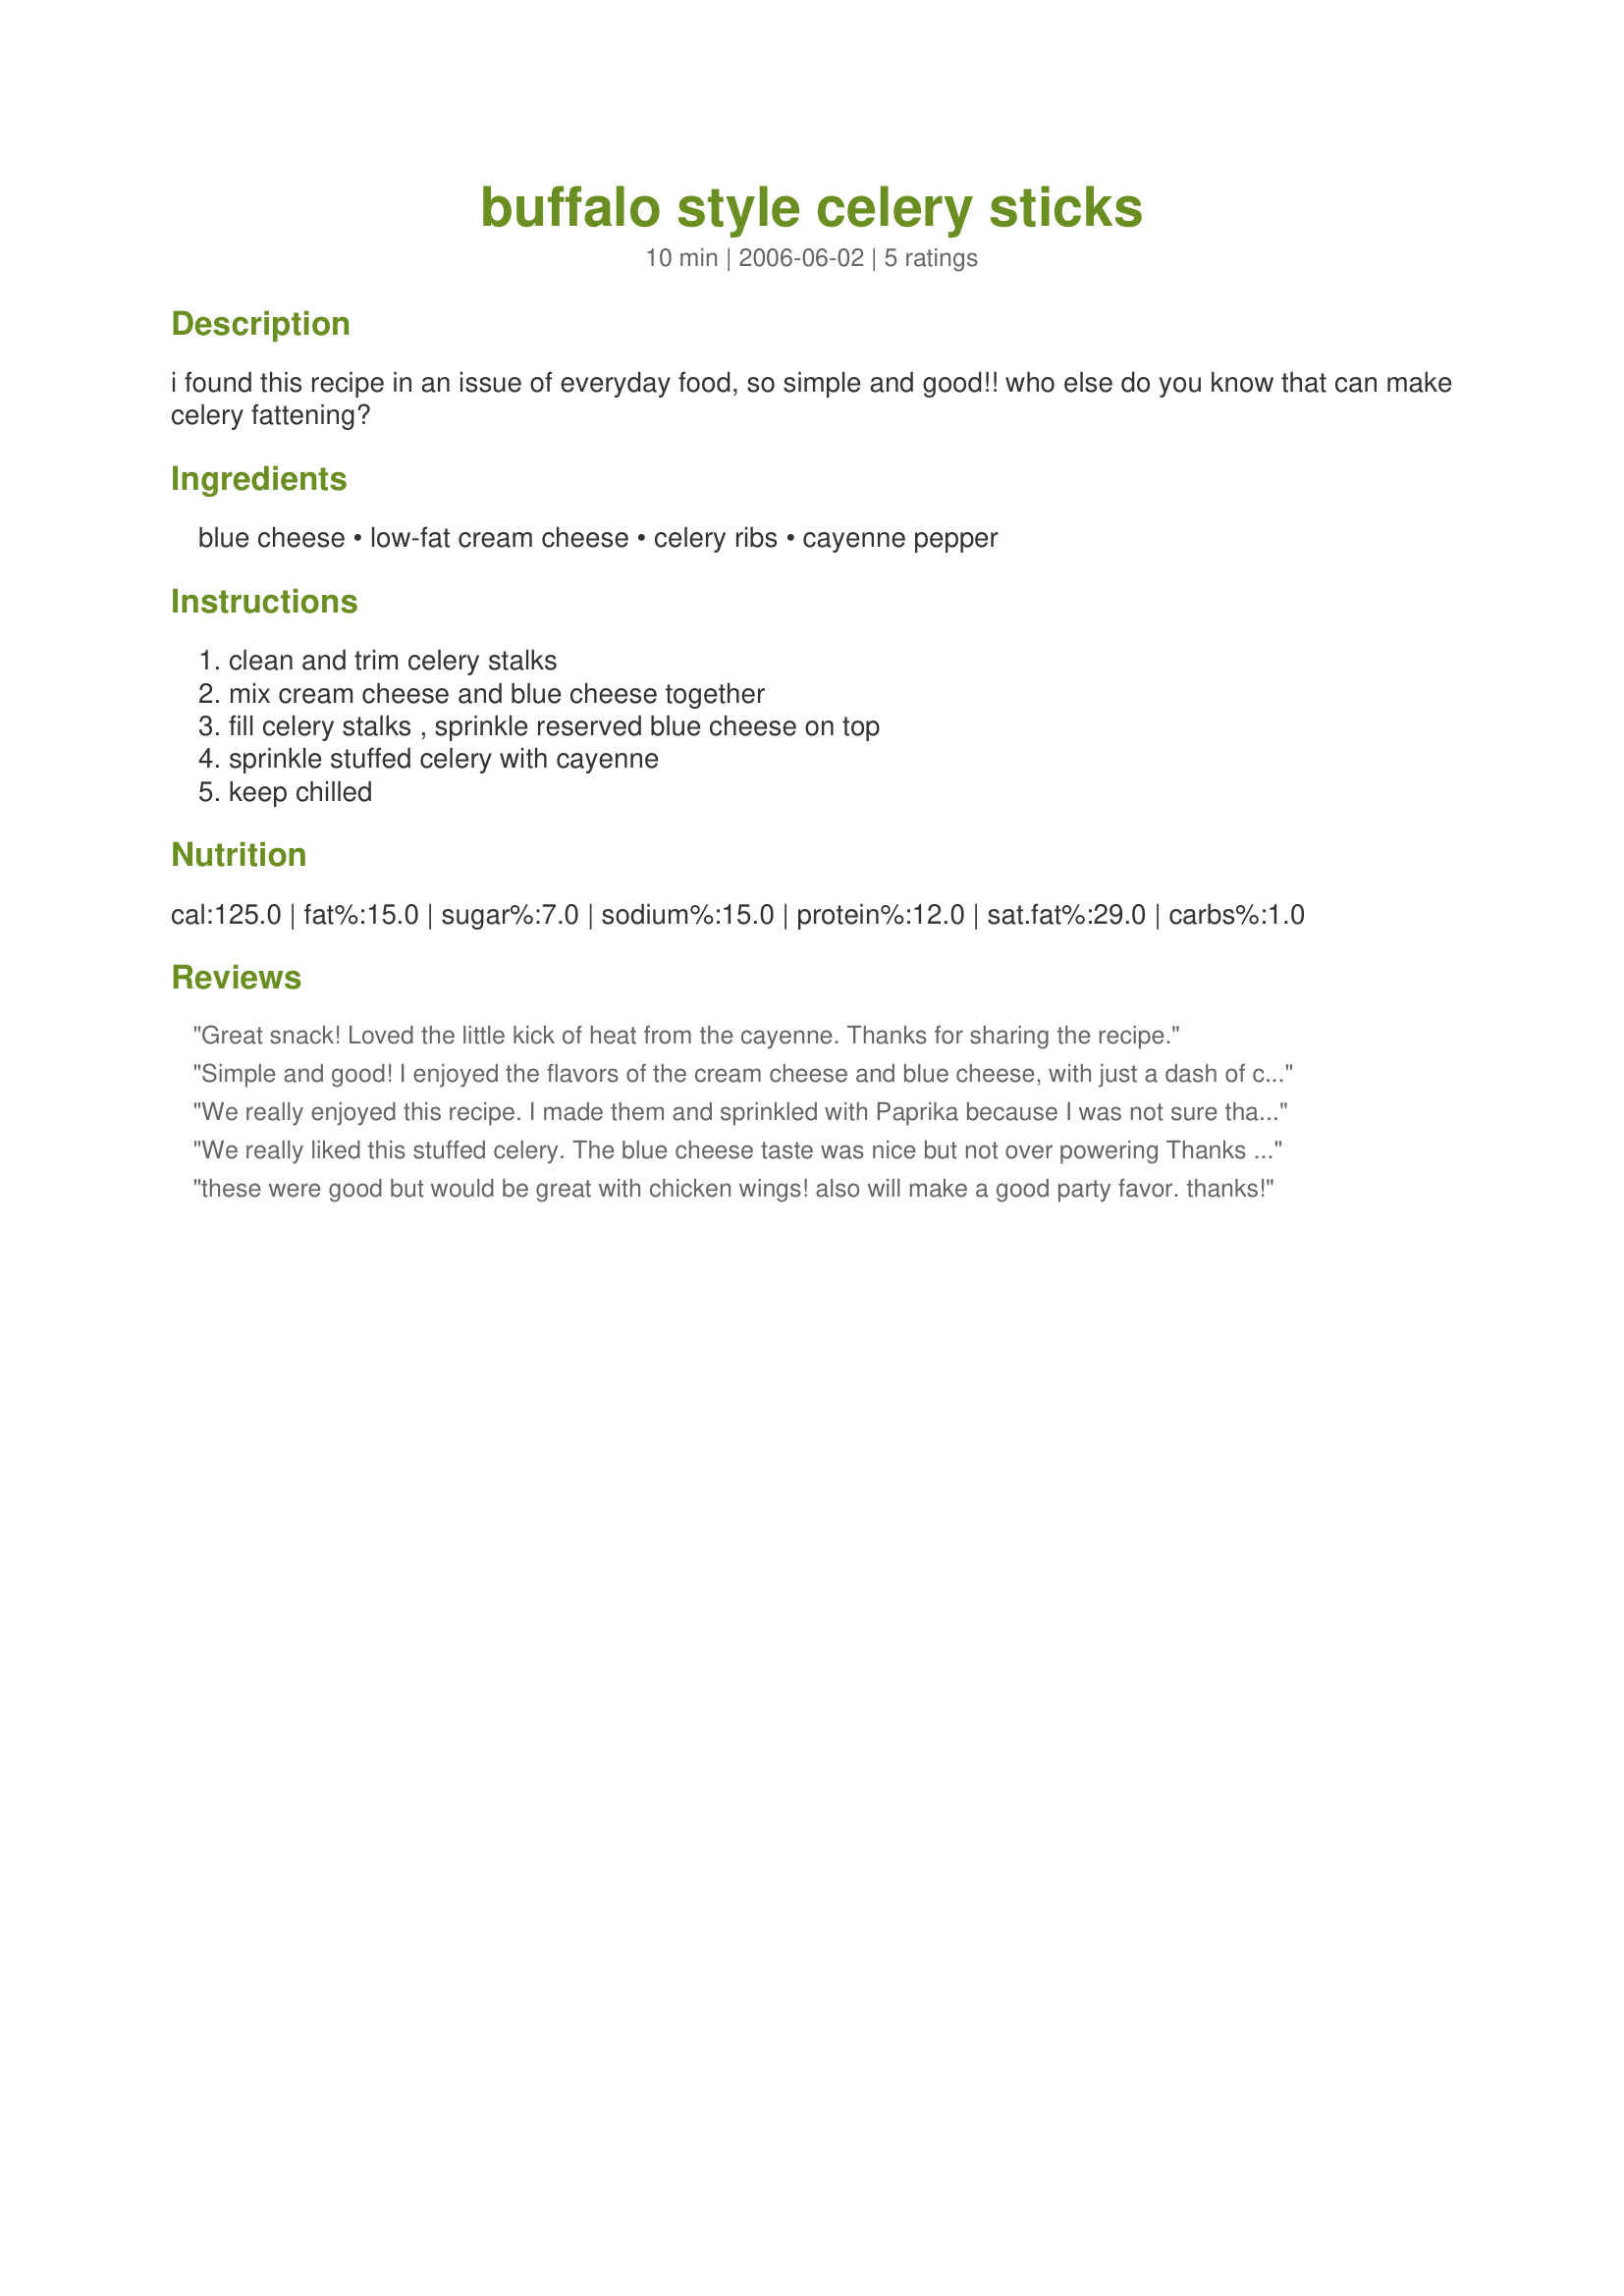
buffalo style celery sticks
Preparation time: 10 minutes

i found this recipe in an issue of everyday food, so simple and good!! who else do you know that can make celery fattening?

Ingredients:
blue cheese, low-fat cream cheese, celery ribs, cayenne pepper

Steps:
clean and trim celery stalks, mix cream cheese and blue cheese together, fill celery stalks , sprinkle reserved blue cheese on top, sprinkle stuffed celery with cayenne, keep chilled

Reviews:
Great snack! Loved the little kick of heat from the cayenne. Thanks for sharing the recipe.
Simple and good! I enjoyed the flavors of the cream cheese and blue cheese, with just a dash of cayenne! Thank you Katie!
We really enjoyed this recipe. I made them and sprinkled with Paprika because I was not sure that DD would want them as hot as the cayenne pepper would make them. I was wrong!!! She told me that next time, she wanted them with the cayenne pepper, so you can be sure that we will be making these often.
We really liked this stuffed celery. The blue cheese taste was nice but not over powering Thanks Katie in the UP for a new stuffed celery recipes. 

Bullwinkle
these were good but would be great with chicken wings! also will make a good party favor. thanks!
